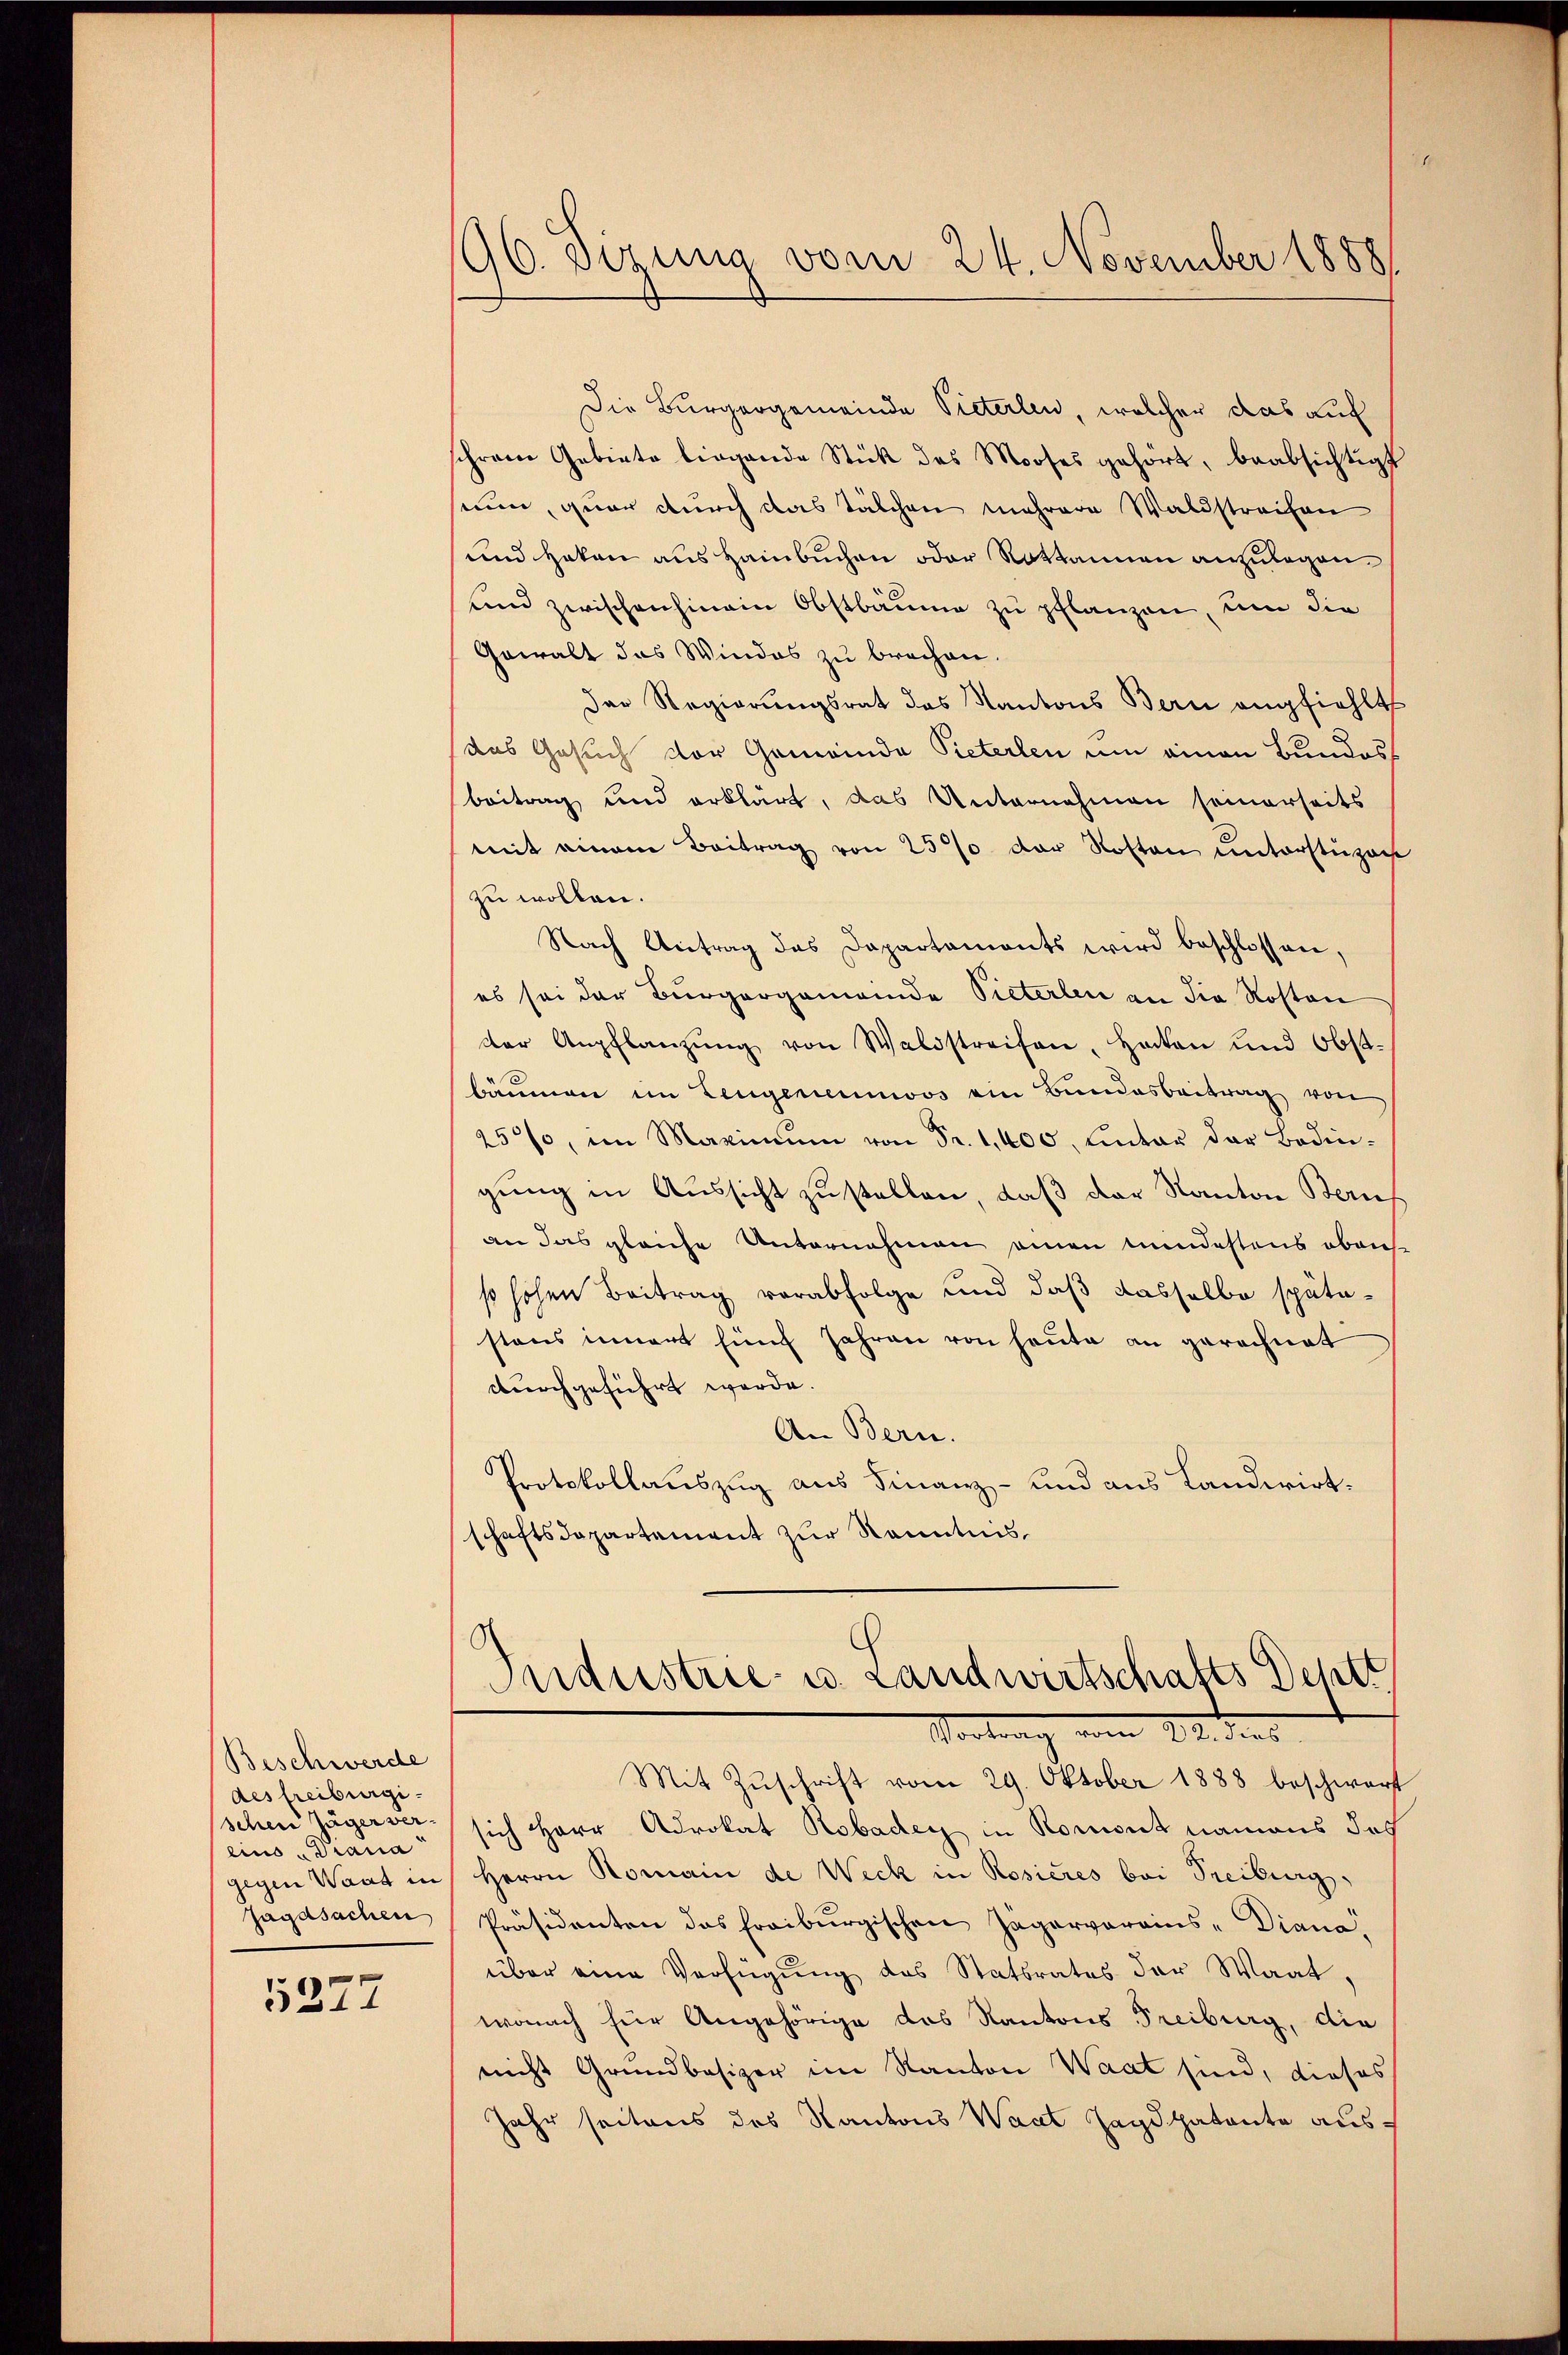
Beschwerde
des freiburgischen Jäger vereins Diana
Jagdsachen

5277

96. Sizung vom 24. November 18881

Die Bürgergemeinde Pieterlen, welcher das auf
schreie Gebiete liegende Stück des Mooses gehört, beabsichtigt
sium, quar durch das Tälchen mehrere Waldstreifen
und Haken aus Hainbuchen oder Rottannen anzulegen.
und zwischenhinein Obstbäume zu pflanzen, um die
Gewalt das Windes zu brechen.
Der Regierungsrat des Kantons Bern empfiehlt
das Gesuch vor Gemeinde Pieterlen um einen Bundesbeitrag und erklärt, das Unternehmen seinerseits
mit einem Beitrag von 25% der Roston unterstüzac
zu wollen.
Nach Antrag des Dapartaments wird beschlossen,
es sei der Burgergemeinde Pieterlen an die Kosten
der Anpflanzŭng von Waldstreifen, hatten und Obst-
bäumen im Zeugenieunos ein Bundesbeitrag von
25%, im Maximŭm von Fr. 1,400, hinter der Bodin-
gung in Aussicht zustellen, daß der Kanton Beruf
an das gleiche Unternehmen einen mindestens ebens
so hohen Beitrag verabfolge und daß dasselbe spätestens innert fünf Jahren von heute an gerechnet
durchgeführt werde.
An Bern.
Protokollauszug aus Finanz- und aus Landwirtschaftsdepartement zur Kenntnis,
Industrie- u. Landwirtschafts Dehtt
Worten ders
Mit Zuschrift vom 29. Oktober 1888 beschwart
sich Herr Advokat Robader in Romont namens des
gegen Wart in Herrn Romain de Weck in Rosieres bei Freiburg,
Präsidenten das Freiburgischen Jagervereins-Diana,
über eine Verfügung des Statsrates der Waat,
wonach für Angehörige das Kantons Freiburg, die
nicht Grundbesizer im Kanton Waat sind, dieses
Jahr seitens des Kantons Wart Jagdpatente aus¬